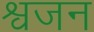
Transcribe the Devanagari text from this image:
श्वजन